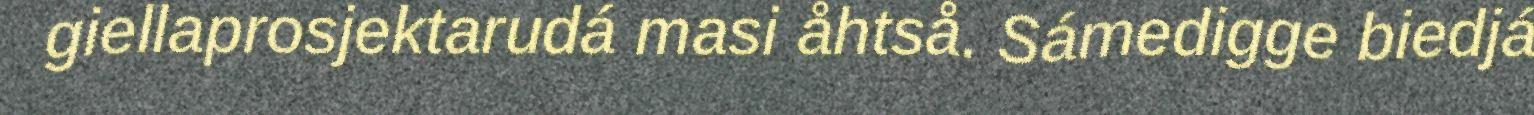
giellaprosjektarudá masi åhtså. Sámedigge biedjá